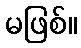
မဖြစ်။